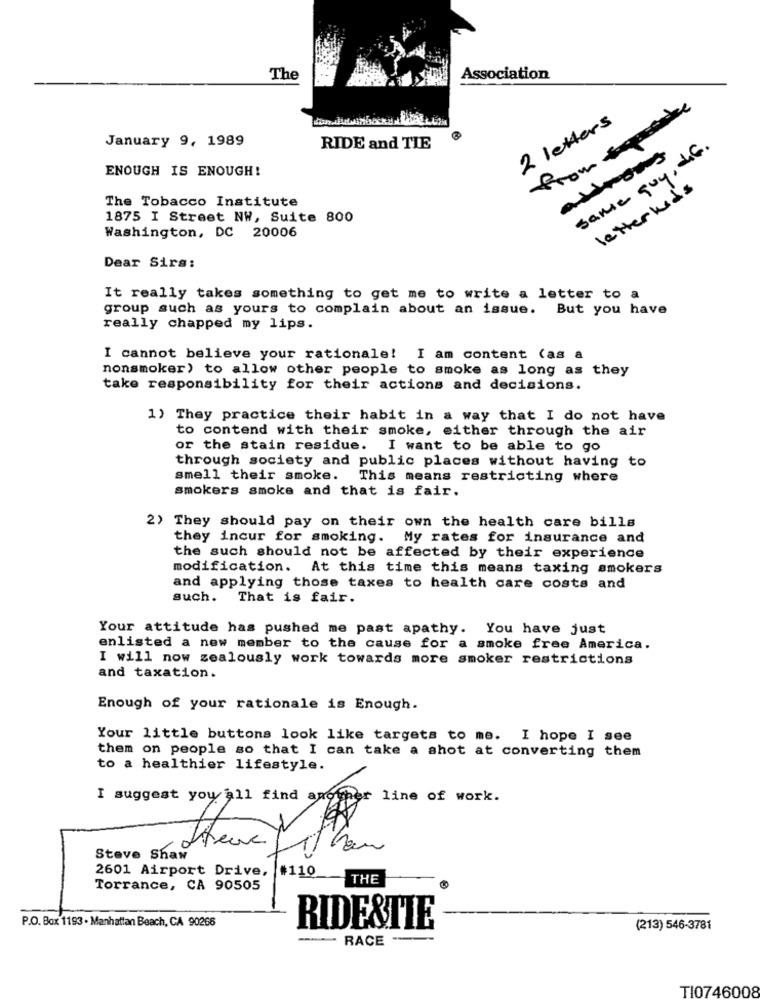
The
Association
from &
2 letters
January 9, 1989
RIDE and TIE
astrons
same guy, die.
ENOUGH IS ENOUGH!
letter kids
The Tobacco Institute
1875 I Street NW, Suite 800
Washington, DC 20006
Dear Sirs:
It really takes something to get me to write a letter to a
group such as yours to complain about an issue. But you have
really chapped my lips.
I cannot believe your rationale! I am content (as a
nonsmoker) to allow other people to smoke as long as they
take responsibility for their actions and decisions.
1) They practice their habit in a way that I do not have
to contend with their smoke, either through the air
or the stain residue. I want to be able to go
through society and public places without having to
smell their smoke.
This means restricting where
smokers smoke and that is fair.
2) They should pay on their own the health care bills
they incur for smoking. My rates for insurance and
the such should not be affected by their experience
modification. At this time this means taxing smokers
and applying those taxes to health care costs and
such. That is fair.
Your attitude has pushed me past apathy. You have just
enlisted a new member to the cause for a smoke free America.
I will now zealously work towards more smoker restrictions
and taxation.
Enough of your rationale is Enough.
Your little buttons look like targets to me. I hope I see
them on people so that I can take a shot at converting them
to a healthier lifestyle.
I suggest you all find another line of work.
Steve Shaw
2601 Airport Drive, #110
THE
Torrance, CA 90505
P.O. Box 1193 . Manhattan Beach, CA 90266
RIDE&TIE
(213) 546-3781
- RACE
TI0746008